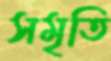
সমৃতি